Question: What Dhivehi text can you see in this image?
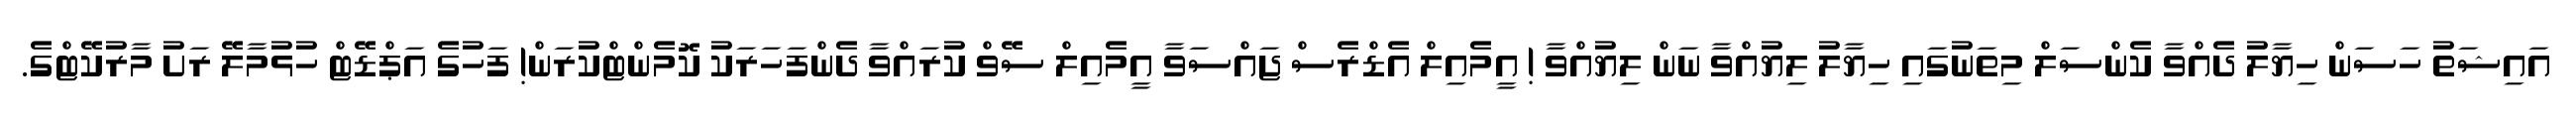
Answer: އައިޝަތު ހަސަން ހިޔާލު ދެއްވާ ކެންސަލް މިތަނުގައި ހިޔާލު ލިޔުއްވާ ނަން ލިޔުއްވާ ! އީމެއިލް އެޑްރެސް ޖައްސަވާ އީމެއިލް ސޭވް ކުރައްވާ ދެންފަހަރަކު ކޮމެންޓްކުރަން! ފަހުގެ އަޕްޑޭޓް ހުޅުމާލޭ ރަށު މާރުކޭޓްގެ.